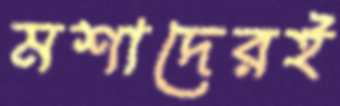
মশাদেরই